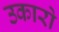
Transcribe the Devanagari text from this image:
उकारो